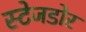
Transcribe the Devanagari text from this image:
स्टेजडोर